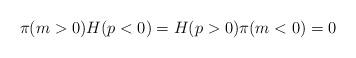
LaTeX: \begin{align*}\pi(m>0)H(p<0) = H(p>0)\pi(m<0) = 0\end{align*}